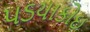
પડયાકોઇ